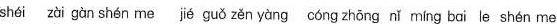
shéí zài gàn shén me jié guǒ zěn yàng cóng zhōng nǐ míng bai le shén me